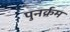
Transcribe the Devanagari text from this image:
पुनर्क्रम